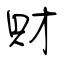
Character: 財